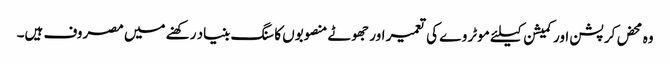
وہ محض کرپشن اور کمیشن کیلئے موٹر وے کی تعمیر اور جھوٹے منصوبوں کا سنگ بنیاد رکھنے میں مصروف ہیں۔